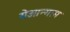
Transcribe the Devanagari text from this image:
येओन्गाम